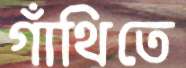
গাঁথিতে